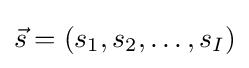
{\vec {s}}=(s_{1},s_{2},\ldots ,s_{I})